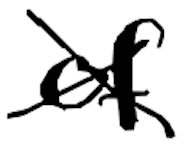
Text: of
Cross-out: cross
Writing tool: digital_black